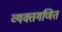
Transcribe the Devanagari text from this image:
व्यक्तगणित